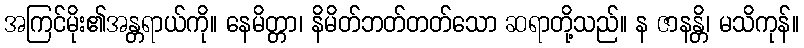
အကြင်မိုး၏အန္တရာယ်ကို။ နေမိတ္တာ၊ နိမိတ်ဘတ်တတ်သော ဆရာတို့သည်။ န ဇာနန္တိ၊ မသိကုန်။